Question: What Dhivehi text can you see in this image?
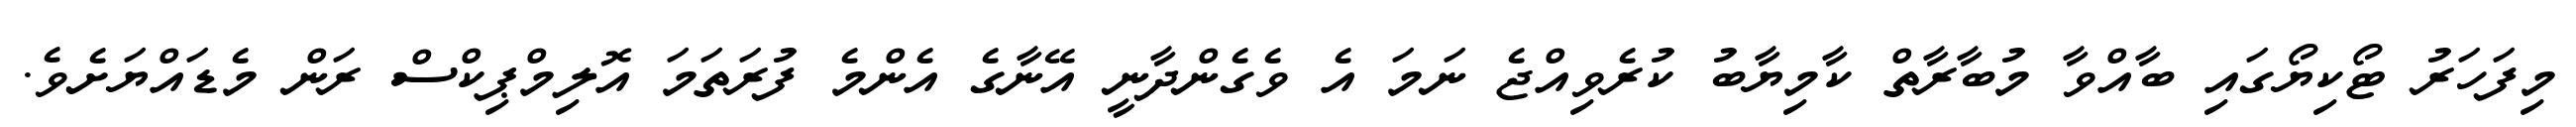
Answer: މިފަހަރު ޓޯކިޔޯގައި ބާއްވާ މުބާރާތް ކާމިޔާބު ކުރެވިއްޖެ ނަމަ އެ ވެގެންދާނީ އޭނާގެ އެންމެ ފުރަތަމަ އޮލިމްޕިކްސް ރަން މެޑައްޔަށެވެ.